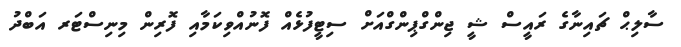
ސާލިޙް ޗައިނާގެ ރައީސް ޝީ ޖިންގްޕިންގްއަށް ސިޓީފުޅެއް ފޮނުއްވިކަމާއި ފޮރިން މިނިސްޓަރ އަބްދު